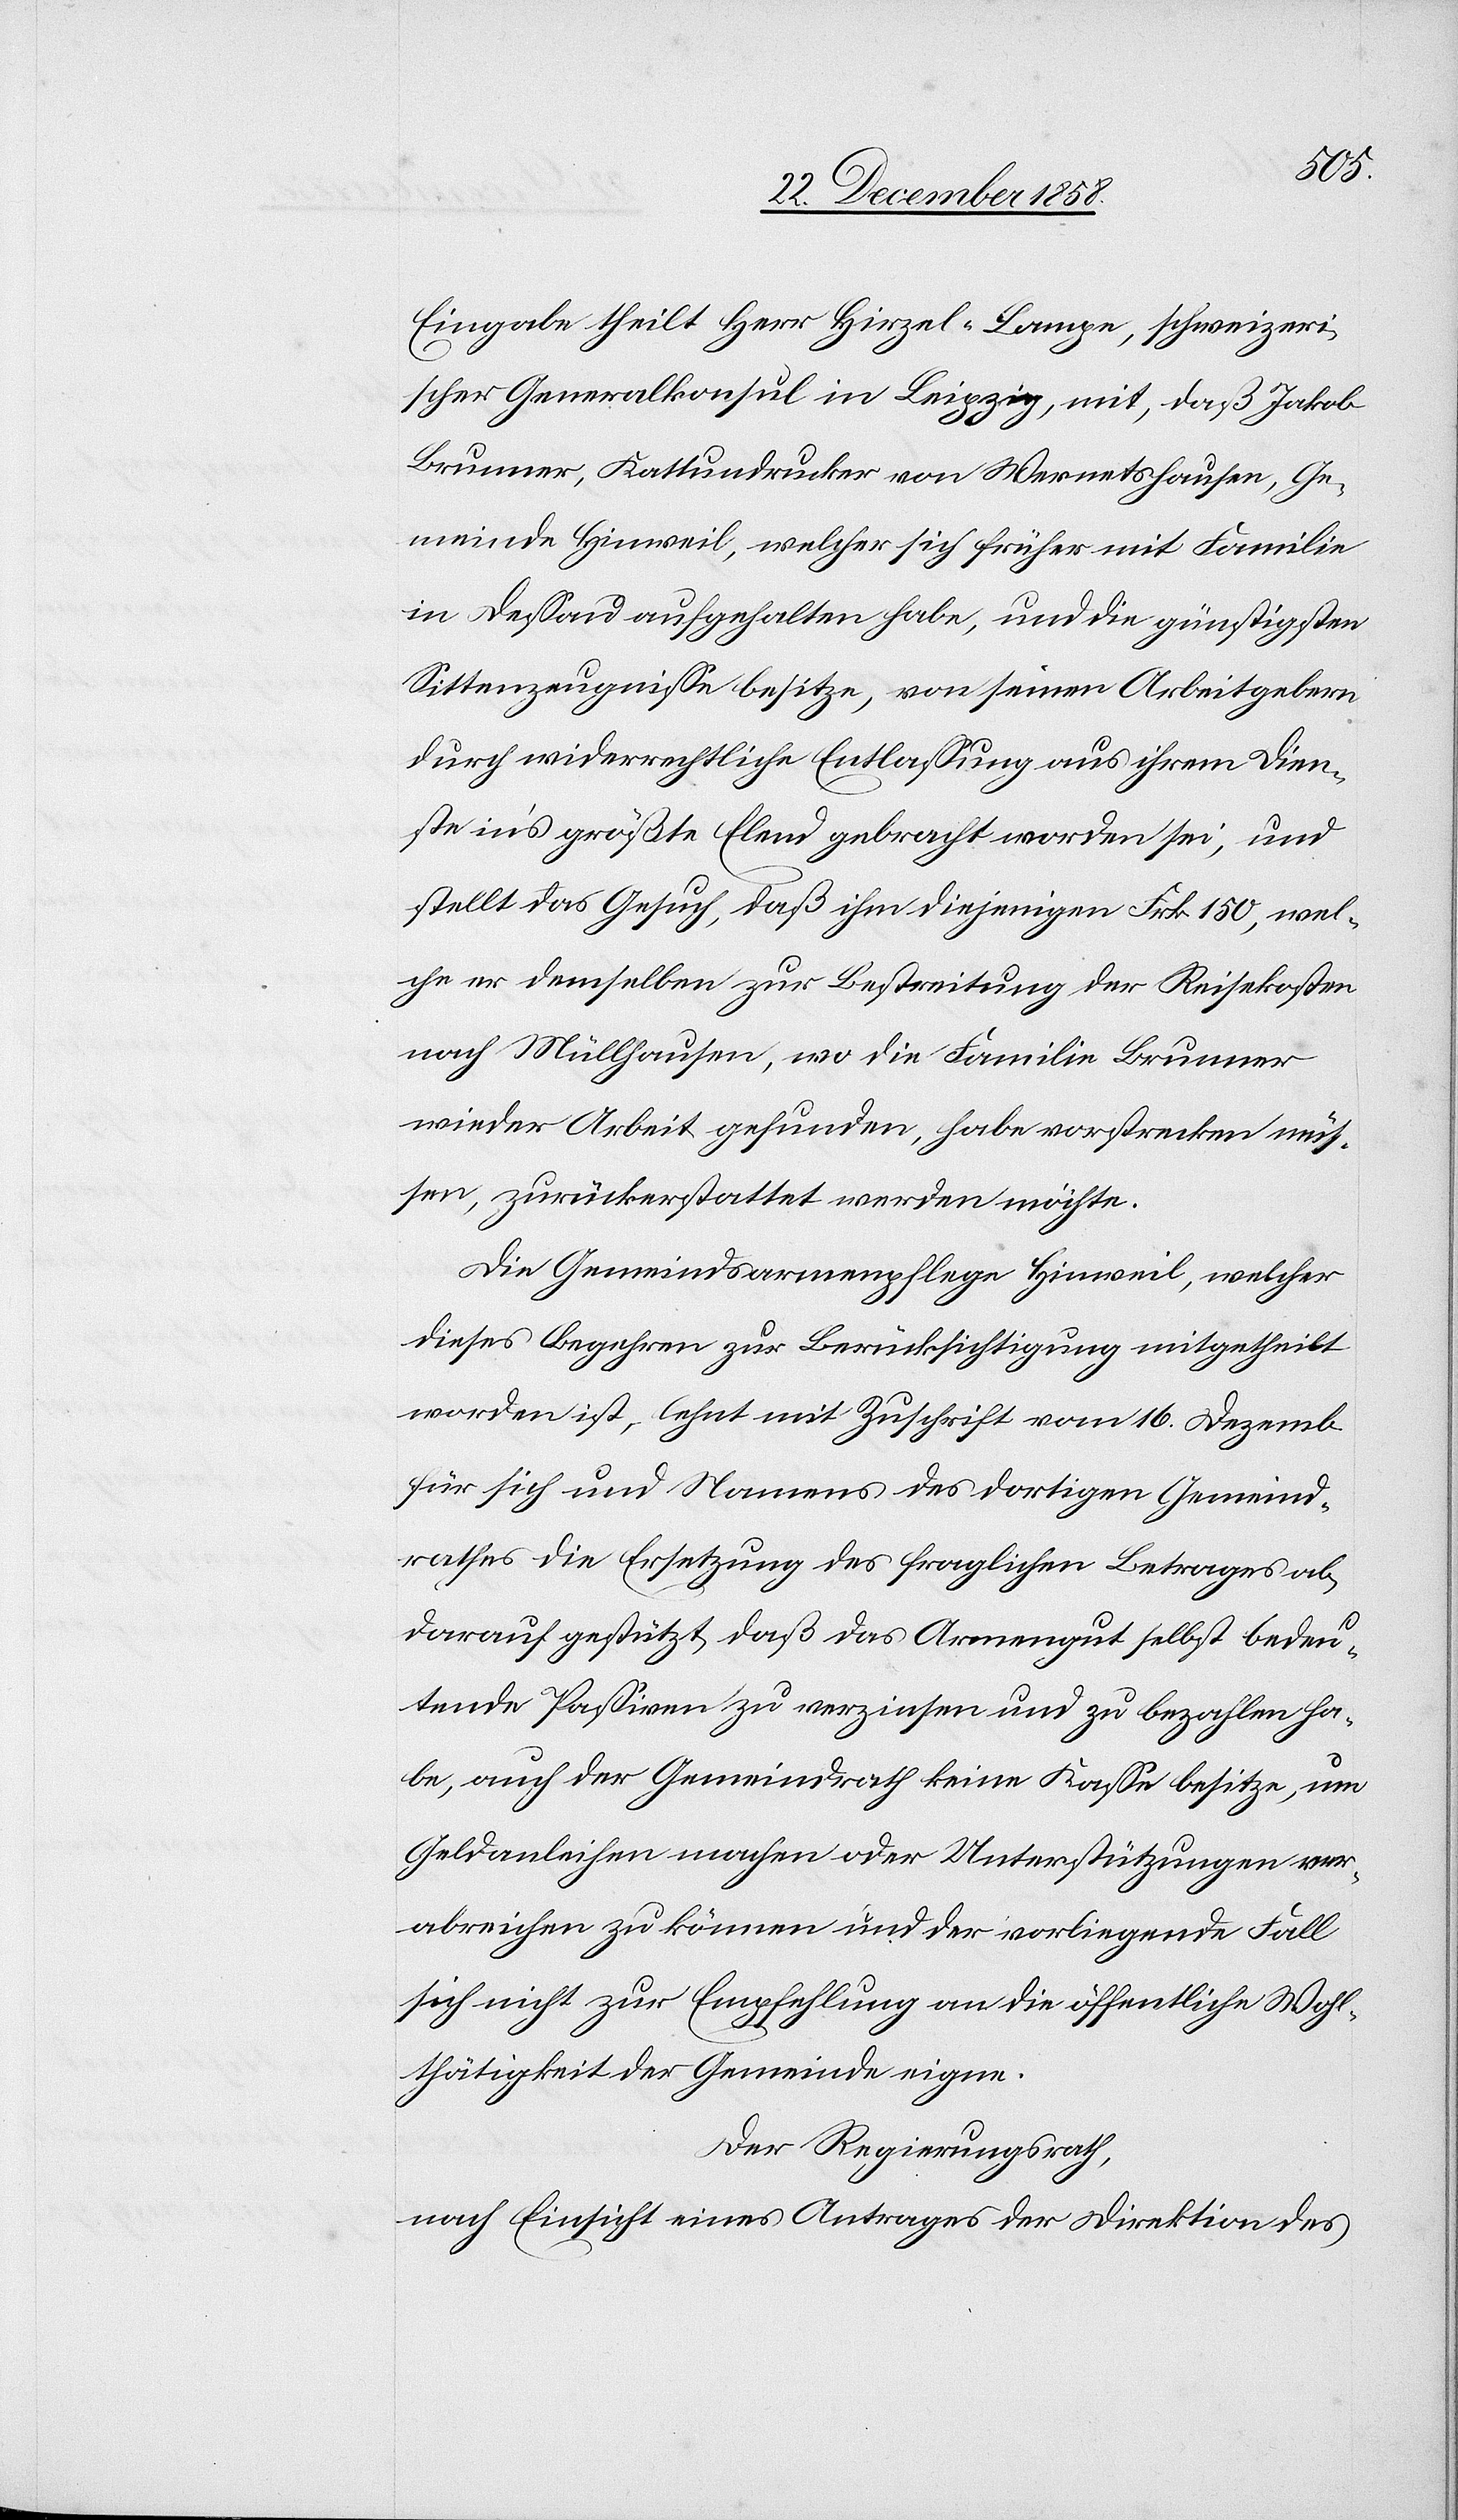
Eingabe theilt Herr Hirzel-Lampe, schweizeri¬
scher Generalkonsul in Leipzig, mit, daß Jakob
Brunner, Kattundrucker von Wernetshausen, Ge¬
meinde Hinweil, welcher sich früher mit Familie
in Dessau aufgehalten habe, und die günstigsten
Sittenzeugnisse besitze, von seinen Arbeitgebern
durch widerrechtliche Entlassung aus ihrem Dien¬
ste in’s größte Elend gebracht worden sei, und
stellt das Gesuch, daß ihm diejenigen Frk. 150, wel¬
che er demselben zur Bestreitung der Reisekosten
nach Müllhausen, wo die Familie Brunner
wieder Arbeit gefunden, habe vorstrecken müs¬
sen, zurückerstattet werden möchte.
Die Gemeindsarmenpflege Hinweil, welcher
dieses Begehren zur Berücksichtigung mitgetheilt
worden ist, lehnt mit Zuschrift vom 16. Dezemb.
für sich und Namens des dortigen Gemeind¬
rathes die Ersetzung des fraglichen Betrages ab,
darauf gestützt, daß das Armengut selbst bedeu¬
tende Passiven zu verzinsen und zu bezahlen ha¬
be, auch der Gemeindrath keine Kasse besitze, um
Geldanleihen zu machen oder Unterstützungen ver¬
abreichen zu können und der vorliegende Fall
sich nicht zur Empfehlung an die öffentliche Wohl¬
thätigkeit der Gemeinde eigne.
Der Regierungsrath,
nach Einsicht eines Antrages der Direktion des